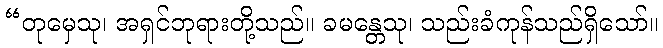
“တုမှေသု၊ အရှင်ဘုရားတို့သည်။ ခမန္တေသု၊ သည်းခံကုန်သည်ရှိသော်။